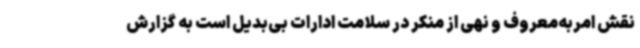
نقش امربه‌معروف و نهی از منکر در سلامت ادارات بی‌بدیل است به گزارش